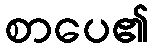
စာပေ၏